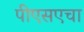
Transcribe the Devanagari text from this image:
पीएसएचा